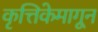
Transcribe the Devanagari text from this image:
कृत्तिकेमागून